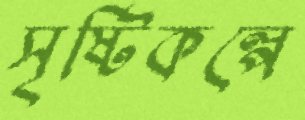
সৃষ্টিকল্পে